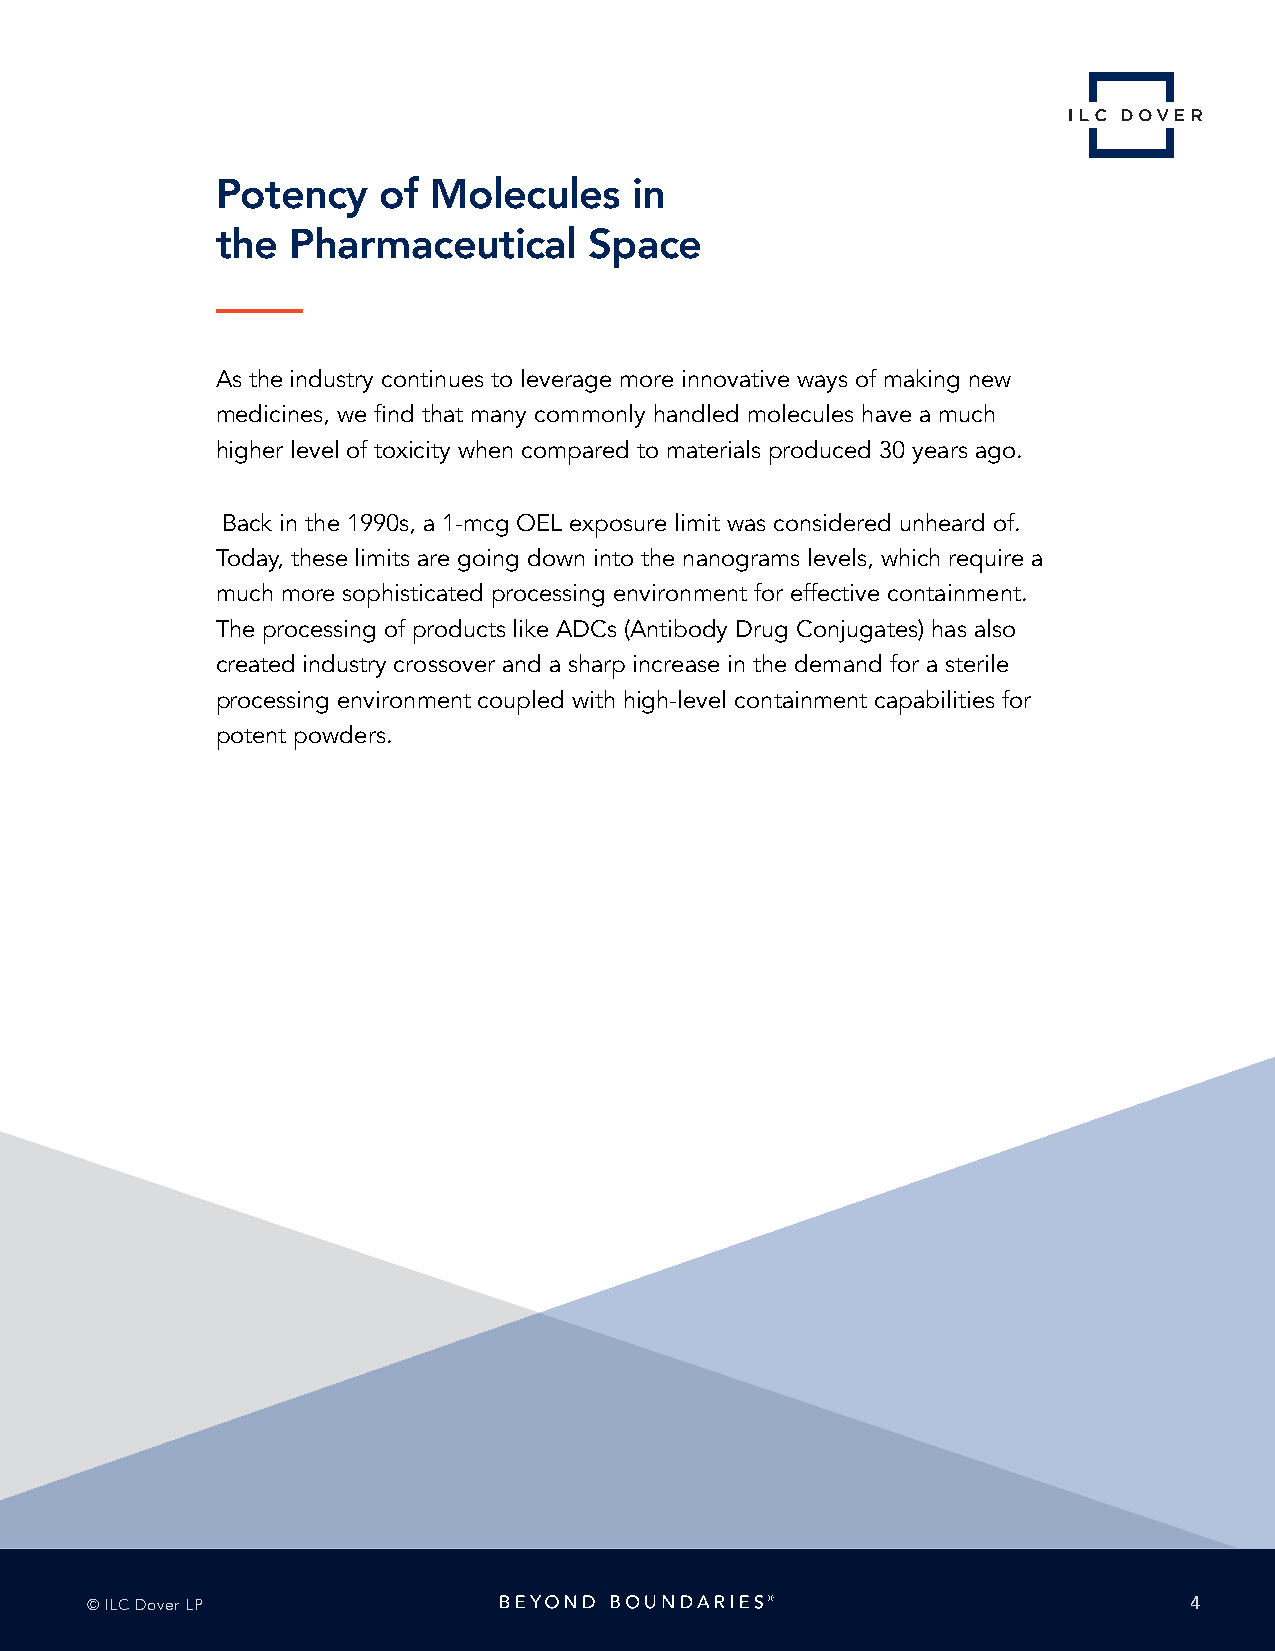
Potency    of Molecules     in
 the  Pharmaceutical      Space
 As the industry continues to leverage more innovative ways of making new
 medicines, we find that many commonly handled molecules have a much
 higher level of toxicity when compared to materials produced 30 years ago.
 Back in the 1990s, a 1-mcg OEL exposure limit was considered unheard of.
 Today, these limits are going down into the nanograms levels, which require a
 much more sophisticated processing environment for effective containment.
 The processing of products like ADCs (Antibody Drug Conjugates) has also
 created industry crossover and a sharp increase in the demand for a sterile
 processing environment coupled with high-level containment capabilities for
 potent powders.
 © ILC Dover LP                                                           4